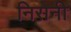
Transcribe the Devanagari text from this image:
निसेनी